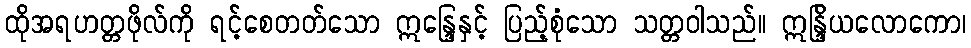
ထိုအရဟတ္တဖိုလ်ကို ရင့်စေတတ်သော ဣန္ဒြေနှင့် ပြည့်စုံသော သတ္တဝါသည်။ ဣန္ဒြိယလောကော၊